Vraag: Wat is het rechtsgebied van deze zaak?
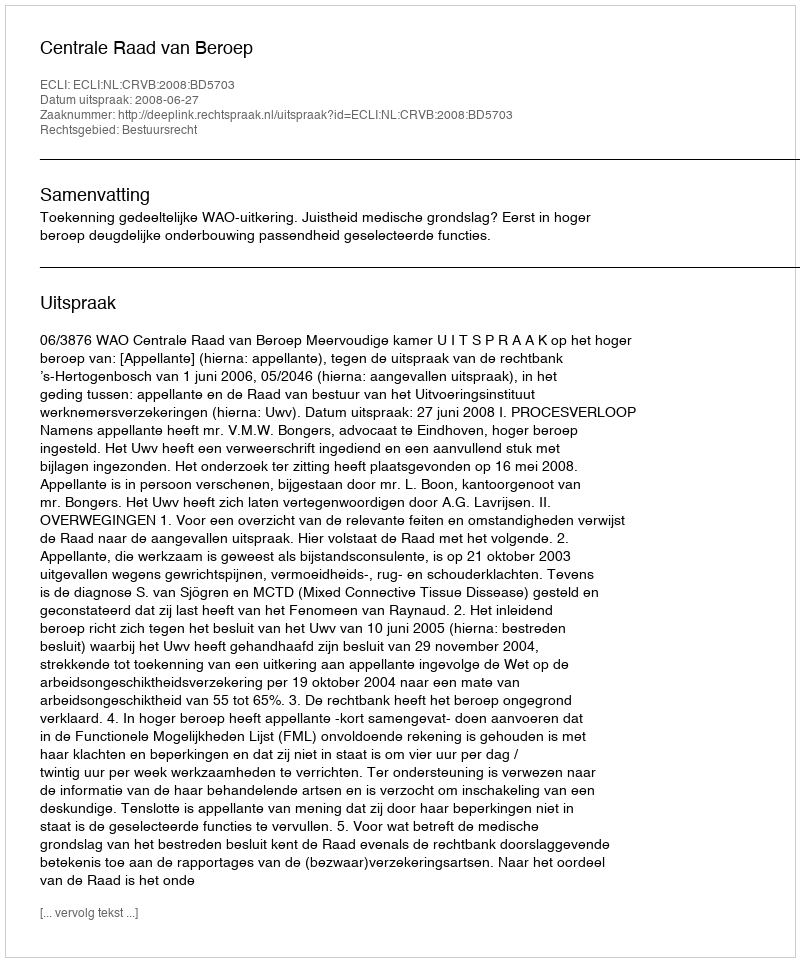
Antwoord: Bestuursrecht